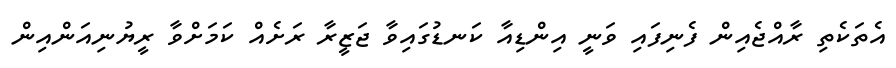
އެތަކެތި ރާއްޖެއިން ފެނިފައި ވަނީ އިންޑިއާ ކަނޑުގައިވާ ޖަޒީރާ ރަށެއް ކަމަށްވާ ރީޔުނިއަންއިން